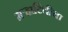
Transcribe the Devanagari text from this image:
मऱ्हाटिचीया